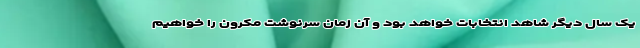
یک سال دیگر شاهد انتخابات خواهد بود و آن زمان سرنوشت مکرون را خواهیم